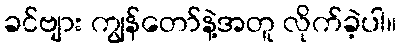
ခင်ဗျား ကျွန်တော်နဲ့အတူ လိုက်ခဲ့ပါ။